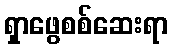
ရှာဖွေစစ်ဆေးရာ